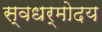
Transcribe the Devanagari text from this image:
स्वधर्मोदय